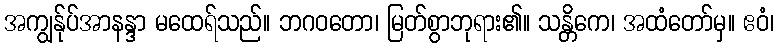
အကျွန်ုပ်အာနန္ဒာ မထေရ်သည်။ ဘဂဝတော၊ မြတ်စွာဘုရား၏။ သန္တိကေ၊ အထံတော်မှ။ ဧဝံ၊